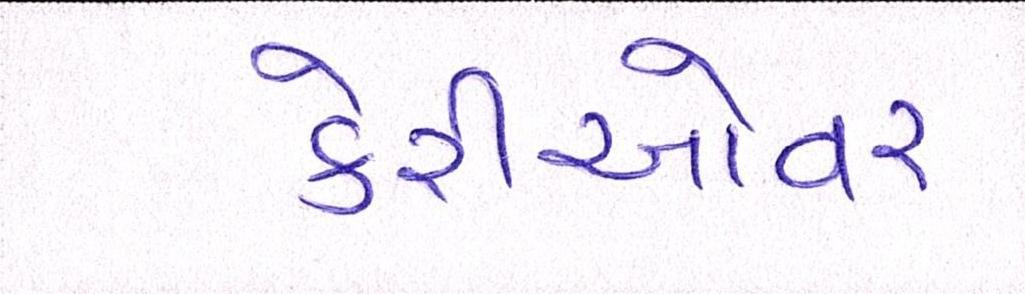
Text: કેરીઓવર